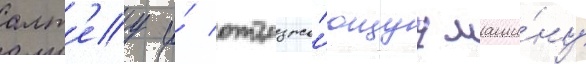
алт'еу и́ отъезжа́ющуу маши́ну